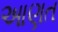
આણત